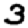
Digit: 3